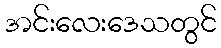
အင်းလေးဒေသတွင်